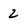
Character: 2